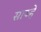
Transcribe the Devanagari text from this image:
साञ्हे